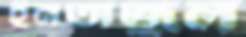
ইনতাজুল